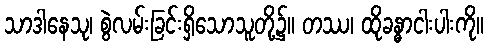
သာဒါနေသု၊ စွဲလမ်းခြင်းရှိသောသူတို့၌။ တဿ၊ ထိုခန္ဓာငါးပါးကို။